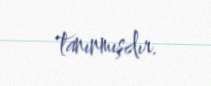
tanınmışdır.